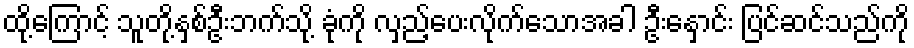
ထို့ကြောင့် သူတို့နှစ်ဦးဘက်သို့ ခုံကို လှည့်ပေးလိုက်သောအခါ ဦးနှောင်း ပြင်ဆင်သည်ကို